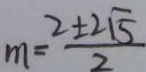
m = \frac { 2 \pm 2 \sqrt { 5 } } { 2 }